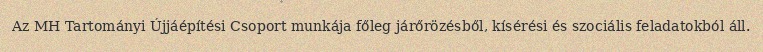
Az MH Tartományi Újjáépítési Csoport munkája főleg járőrözésből, kísérési és szociális feladatokból áll.